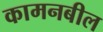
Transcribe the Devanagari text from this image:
कामनबील